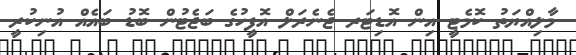
މާލިއްޔަތު ކޮމެޓީ އިން އޮޑިޓަރ ޖެނެރަލް އޮފީހުގެ ބަޖެޓުން ބޮޑު ބައެއް އުނިކުރީ